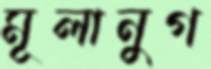
মূলানুগ